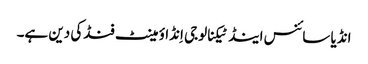
انڈیا سائنس اینڈ ٹیکنالوجی اِنڈاؤمینٹ فنڈکی دین ہے۔